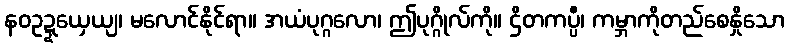
နဝဥဍ္ဍယှေယျ၊ မလောင်နိုင်ရာ။ အယံပုဂ္ဂလော၊ ဤပုဂ္ဂိုလ်ကို။ ဌိတကပ္ပီ၊ ကမ္ဘာကိုတည်စေနှိုသော